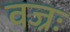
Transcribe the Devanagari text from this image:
वज्रः